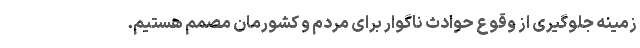
زمینه جلوگیری از وقوع حوادث ناگوار برای مردم و کشورمان مصمم هستیم.